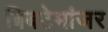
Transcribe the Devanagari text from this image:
बिबटेमांजर